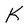
Character: K